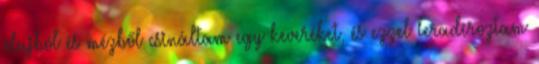
olajból és mézből csináltam egy keveréket, és ezzel leradíroztam